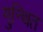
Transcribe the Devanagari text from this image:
गुन्थित